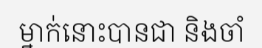
ម្នាក់នោះបានជា និងចាំ